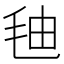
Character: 𰚓